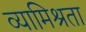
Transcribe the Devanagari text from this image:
व्यामिश्रता